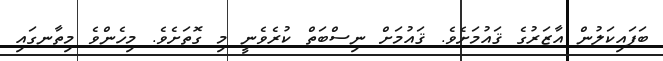
ބަފައިކަލުން އާޒަރުގެ ޤައުމަށެވެ. ޤައުމަށް ނިސްބަތް ކުރެވެނީ މި ގޮތަށެވެ. މިހެންވެ މިތާނގައި